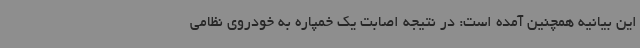
این بیانیه همچنین آمده است: در نتیجه اصابت یک خمپاره به خودروی نظامی